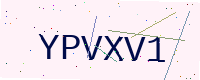
Text: YPVXV1